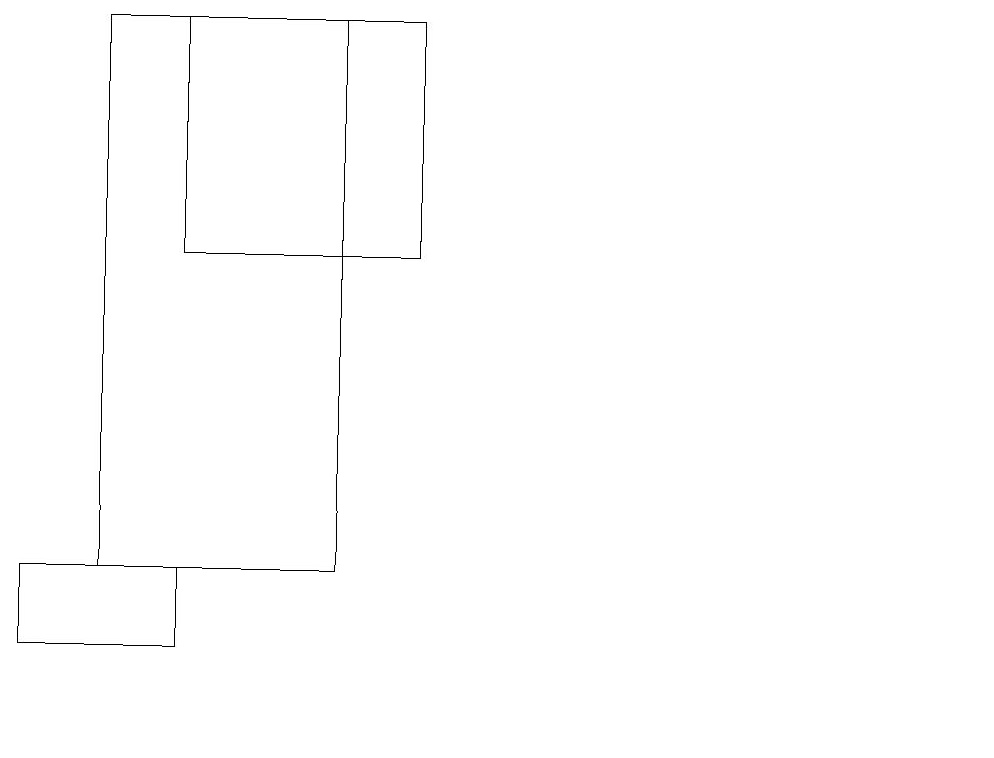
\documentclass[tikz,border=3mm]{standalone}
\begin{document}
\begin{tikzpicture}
\draw (4,19) rectangle (1,12);
\draw (2,12) rectangle (0,11);
\draw (10,11) circle (0);
\draw (12,10) circle (0);
\draw (2,16) rectangle (5,19);
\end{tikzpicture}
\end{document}